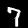
Label: 7